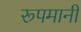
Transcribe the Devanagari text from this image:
रूपमानी